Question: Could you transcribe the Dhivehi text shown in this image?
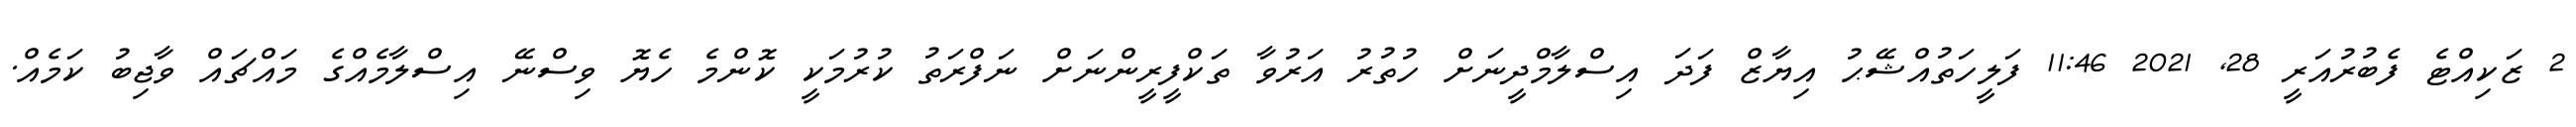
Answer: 2 ޒަކިއްޓެ ފެބުރުއަރީ 28, 2021 11:46 ފަލީހަތުއްޝޭޙު އިޔާޒް ފަދަ އިސްލާމްދީނަށް ހުތުރު އަރުވާ ތަކްފީރީންނަށް ނަފްރަތު ކުރުމަކީ ކޮންމެ ހެޔޮ ވިސްނޭ އިސްލާމެއްގެ މައްޗައް ވާޖިބު ކަމެއް.